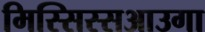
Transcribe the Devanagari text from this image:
मिस्सिस्सआउगा